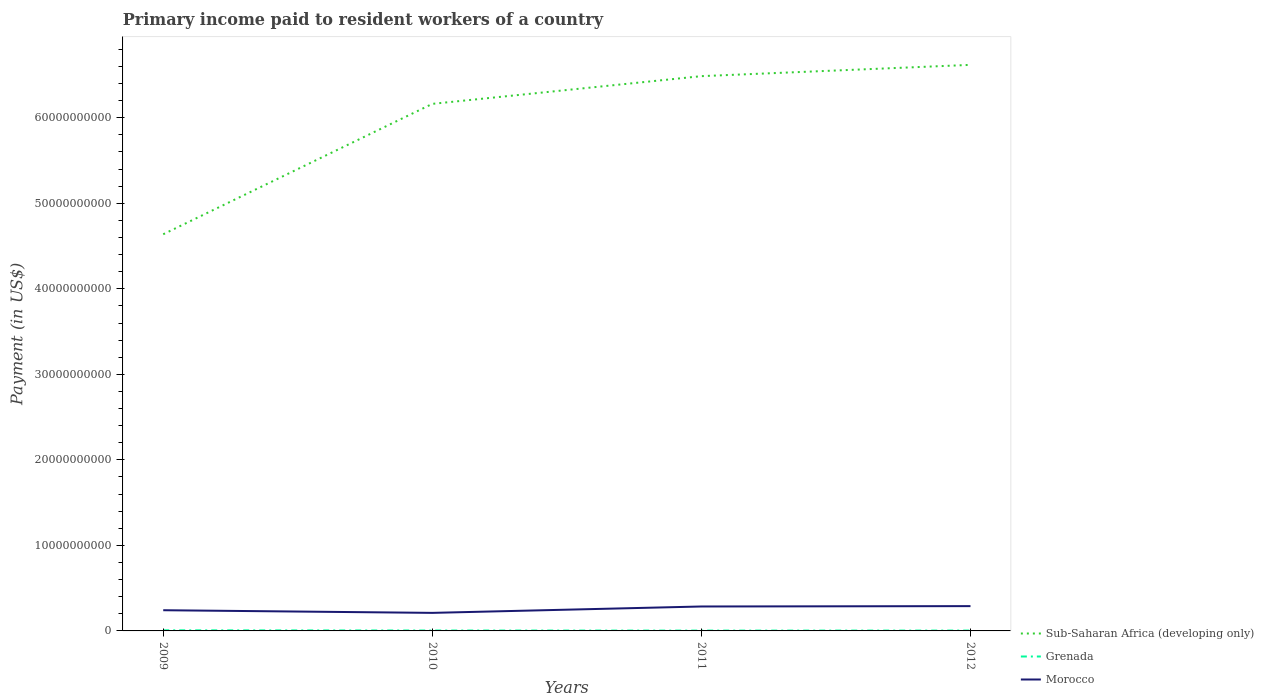
| Years | Sub-Saharan Africa (developing only) | Grenada | Morocco |
 | --- | --- | --- | --- |
 | 2009 | 4.64e+10 | 7.12e+07 | 2.42e+09 |
 | 2010 | 6.16e+10 | 4.7e+07 | 2.11e+09 |
 | 2011 | 6.49e+10 | 3.75e+07 | 2.86e+09 |
 | 2012 | 6.62e+10 | 4.13e+07 | 2.9e+09 |